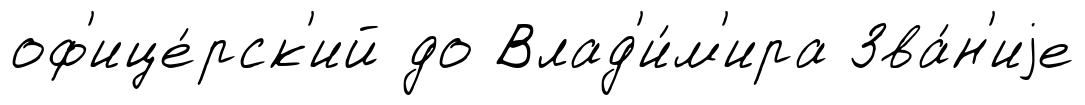
оф'ице́рск'ий до Влад'и́м'ира Зва́н'иjе